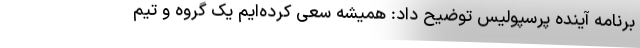
برنامه آینده پرسپولیس توضیح داد: همیشه سعی کرده‌ایم یک گروه و تیم